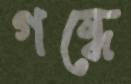
গন্ধে